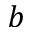
\boldsymbol { b }